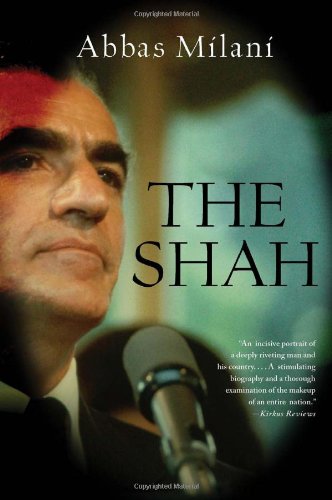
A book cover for The Shah; Abbas Milani; Biographies & Memoirs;